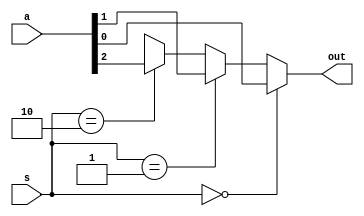
module mux_3 (out,s,a);
  input [2:0] a;
  input [1:0] s;
  output reg out;
  always @(a,s)
  begin
    if (s == 2'b00)
      out = a[0];
    else if (s == 2'b01)
      out = a[1];
    else if (s == 2'b10)
      out = a[2];
    else
      out = 1'bx;
  end 
 endmodule   
 module mux_7 (out,s,a);
  input [6:0] a;
  input [3:0] s;
  output reg out;
  always @(a,s)
  begin
    if (s == 3'b000)
      out = a[0];
    else if (s == 3'b001)
      out = a[1];
    else if (s == 3'b010)
      out = a[2];
    else if (s == 3'b011)
      out = a[3];
    else if (s == 3'b100)
      out = a[4];
    else if (s == 3'b101)
      out = a[5];
    else if (s == 3'b110)
      out = a[6];    
    else
      out = 1'bx;
  end 
 endmodule